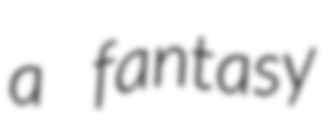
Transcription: a fantasy